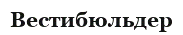
Вестибюльдер